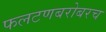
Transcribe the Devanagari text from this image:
फलटणबरोबरच